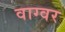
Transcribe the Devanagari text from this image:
वाग्वर